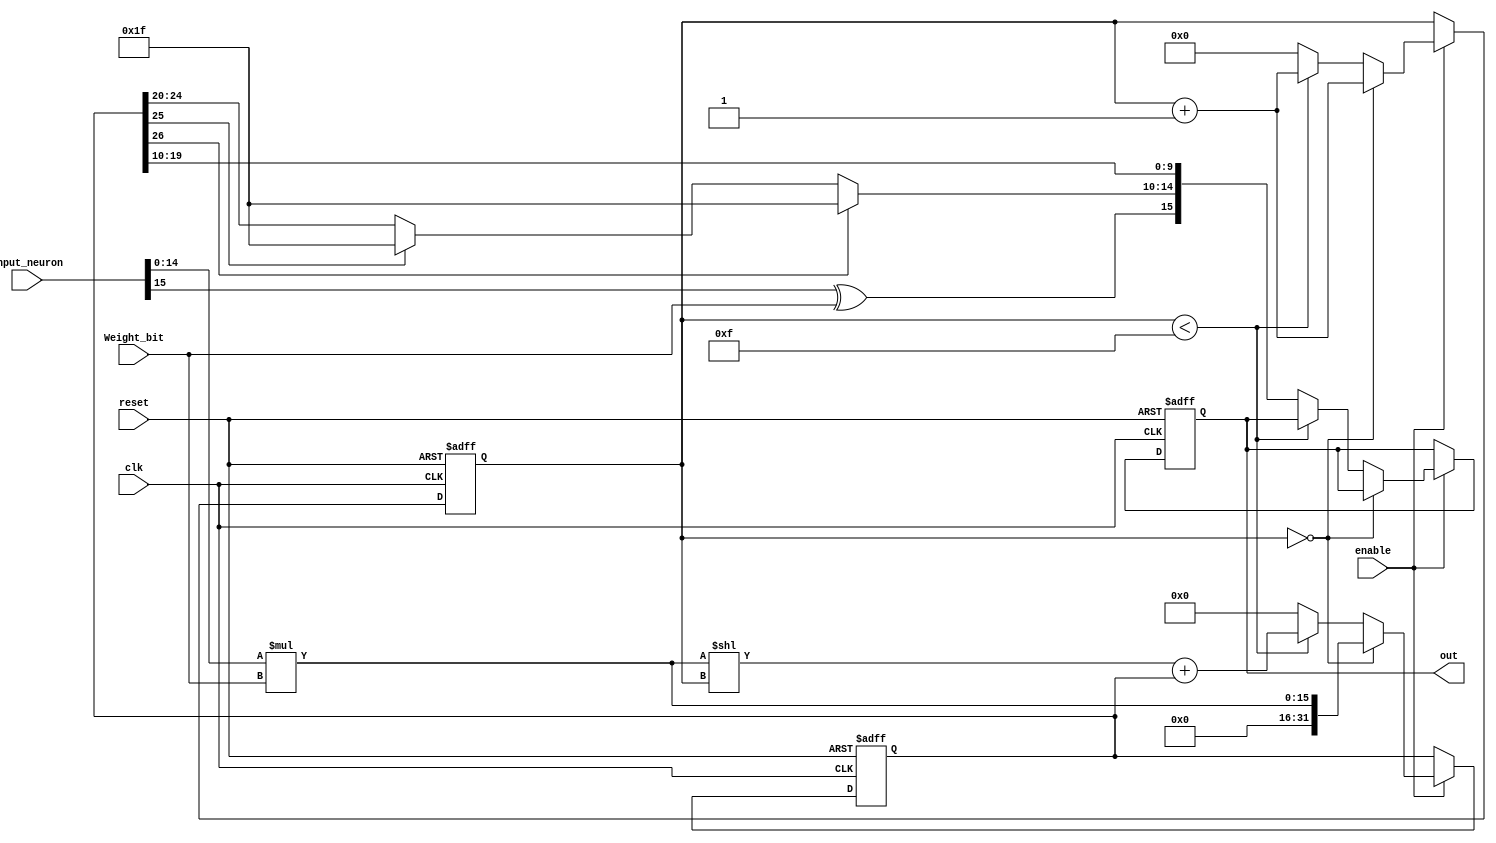
module Mult(input clk,
    input reset,
    input [15:0] input_neuron,
    input Weight_bit,
    input enable,
    output [15:0] out);

localparam Integer_width = 5;
localparam Fraction_width = 10;

reg [31:0] partial_out, partial_out_dummy;
reg [4:0] counter, c;
reg [3:0] count_zeros;
reg [15:0] output_reg;
reg [4:0] integer_rounding;
reg enable_delay , sign;
reg [9:0] fraction_rounding;


always @ (posedge clk, negedge reset)
begin
if (!reset)
begin
			partial_out =0;
			counter = 0;
        	output_reg = 0;
			enable_delay <=0;
			sign = 0;
end

else if (enable)
begin
	if (counter ==0)
		begin
			partial_out_dummy = 0;
			partial_out = (input_neuron[14:0] * Weight_bit);
			counter = counter +1'b1;
			sign = 0;
			//output_reg[15] = 1'b0;
		end
			

	else if (counter < 15) begin
		//partial_out_dummy = 0;
		//c = counter -1;
		partial_out = ((input_neuron[14:0] * Weight_bit) << counter) + partial_out;
		counter = counter +1;
	end
	else 
	begin
	sign = input_neuron[15] ^ Weight_bit;
	partial_out_dummy= partial_out; //<<1;
	
	if(partial_out_dummy[26]) 
	begin
				integer_rounding =  5'b11111; //partial_out_dummy [25:21];
	end
	else if (partial_out_dummy[25])
	begin
				integer_rounding = 5'b11111; //partial_out_dummy[24:20];
	end
	else
				integer_rounding = partial_out_dummy[24:20];
				
				
	fraction_rounding = partial_out_dummy[19:10];
			
	output_reg = {sign, integer_rounding[4:0], fraction_rounding};
	partial_out =0;
	counter =0;
	end
end			


end
assign out = output_reg;
endmodule



/*always @(posedge clk) begin
	if (!reset)
		begin
			partial_out =0;
			counter =0;
         output_reg =0;
			enable_delay <=0;
			sign = 0;
		end
	//else if (enable)
	//	enable_delay <=1;
	//else if(!enable)
	//	enable_delay <=0;
	
	if(enable)
	begin
		if (counter == 0)
		begin
			partial_out_dummy = 0;
			partial_out = (input_neuron[14:0] * Weight_bit);
			counter = counter +1'b1;
		end
		else if (counter == 15)
		begin
			sign = input_neuron[15] ^ Weight_bit;
			
			begin
			partial_out_dummy = (partial_out << 1);
			
			if(partial_out_dummy[26]) begin
				integer_rounding =  5'b11111; //partial_out_dummy [25:21];
			end
			else if (partial_out_dummy[25])
			begin
				integer_rounding = 5'b11111; //partial_out_dummy[24:20];
			end
			else
				integer_rounding = partial_out_dummy[24:20];
				
				
			fraction_rounding = partial_out_dummy[19:10];
			
			output_reg = {sign, integer_rounding[4:0], fraction_rounding};
		   partial_out =0;
			counter =0;
			end
		end
		else		
		begin
			partial_out = ((input_neuron[14:0] * Weight_bit)<< (counter)) + (partial_out);
			counter = counter +1'b1;
		end
	end
end


assign out = output_reg; // {partial_out[31], integer_rounding[4:0], partial_out [19:10]};

endmodule
*/